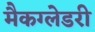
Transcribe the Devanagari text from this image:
मैकग्लेडरी